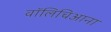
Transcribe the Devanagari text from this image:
वॉलिचिआना